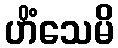
ဟိံသေမိ